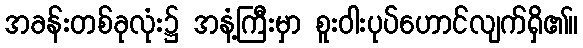
အခန်းတစ်ခုလုံး၌ အနံ့ကြီးမှာ စူးဝါးပုပ်ဟောင်လျက်ရှိ၏။